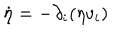
\dot { \eta } = - \partial _ { i } ( \eta v _ { i } )